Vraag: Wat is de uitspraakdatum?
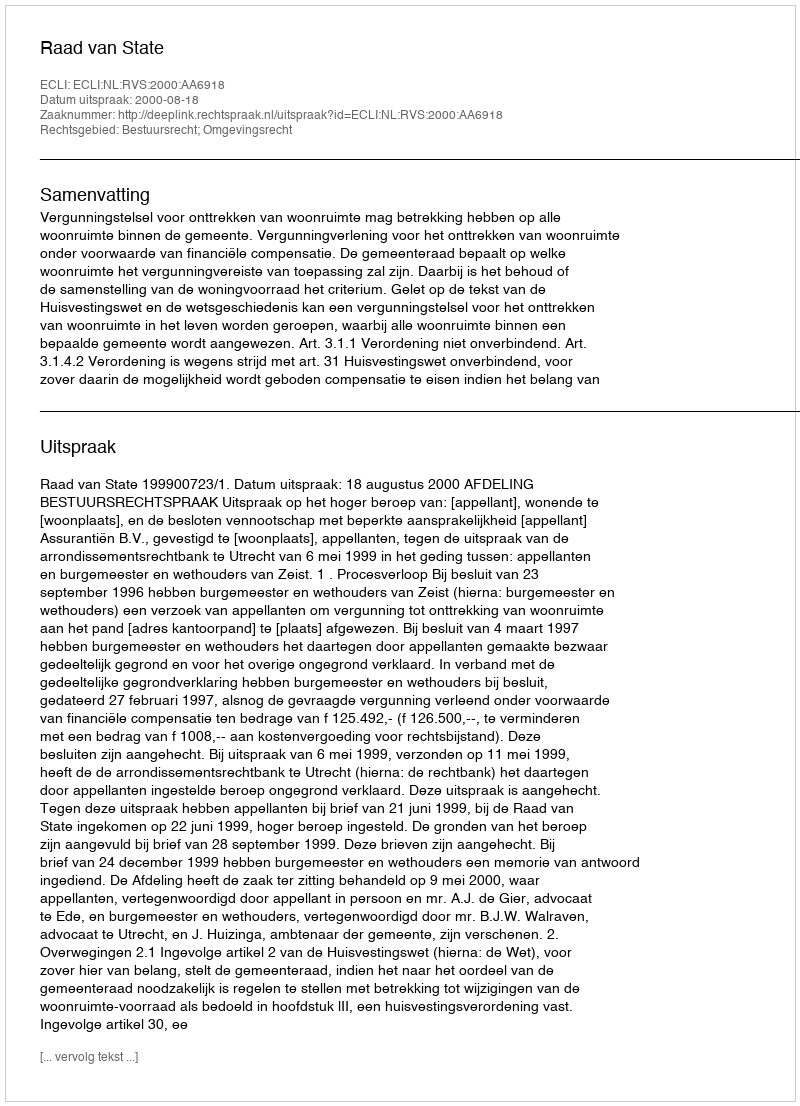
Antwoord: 2000-08-18